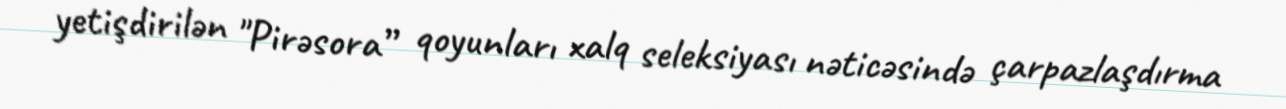
yetişdirilən "Pirəsora” qoyunları xalq seleksiyası nəticəsində çarpazlaşdırma